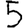
Digit: 5